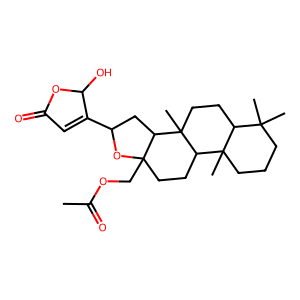
SMILES: CC(=O)OCC12CCC3C4(C)CCCC(C)(C)C4CCC3(C)C1CC(C1=CC(=O)OC1O)O2
Inhibits HIV replication: No